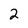
Character: 2